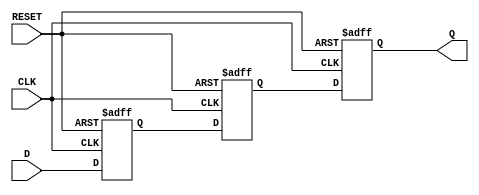
module async_to_sync_converter (
    input wire D,        // Async Data Input
    input wire CLK,      // Synchronous Clock
    input wire RESET,    // Active high reset signal
    output reg Q         // Sync Data Output
);

    // Internal signals for synchronization
    reg D_sync1;         // First stage of synchronization
    reg D_sync2;         // Second stage of synchronization
    reg D_prev;          // Previous state of D for edge detection
    reg transition_detected; // Flag for transition detection

    // Edge detection logic
    always @(posedge CLK or posedge RESET) begin
        if (RESET) begin
            D_prev <= 1'b0; // Reset previous state
            transition_detected <= 1'b0; // Reset transition flag
        end else begin
            transition_detected <= (D != D_prev); // Detect transition
            D_prev <= D; // Update previous state
        end
    end

    // Synchronization logic
    always @(posedge CLK or posedge RESET) begin
        if (RESET) begin
            D_sync1 <= 1'b0; // Reset first sync flip-flop
            D_sync2 <= 1'b0; // Reset second sync flip-flop
            Q <= 1'b0;       // Reset output
        end else begin
            D_sync1 <= D;        // Sample async data
            D_sync2 <= D_sync1;  // Second stage synchronization
            Q <= D_sync2;        // Output the synchronized value
        end
    end

endmodule